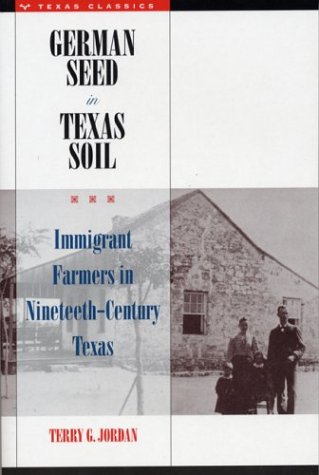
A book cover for German Seed in Texas Soil: Immigrant Farmers in Nineteenth-Century Texas (Texas Classics); Terry G. Jordan; Science & Math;